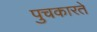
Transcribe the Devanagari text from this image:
पुचकारते